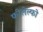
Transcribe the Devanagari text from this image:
फीलेल्फो